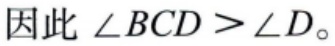
因此 $\angle BCD > \angle D$。